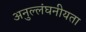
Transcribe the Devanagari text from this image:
अनुल्लंघनीयता